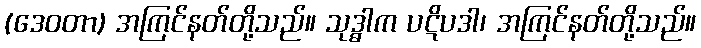
(ဒေဝတာ) အကြင်နတ်တို့သည်။ သုဒ္ဓါက ပဋိပဒါ၊ အကြင်နတ်တို့သည်။